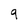
Character: q